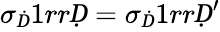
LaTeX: \sigma_{Ḋ}1rrḌ=\sigma_{Ḋ}1rrḌ^{\prime}